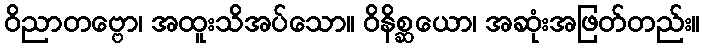
ဝိညာတဗ္ဗော၊ အထူးသိအပ်သော။ ဝိနိစ္ဆယော၊ အဆုံးအဖြတ်တည်း။